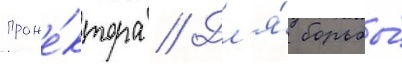
проже́ктора // Дл'я́ борьбы́